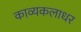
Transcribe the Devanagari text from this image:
काव्यकलाधर